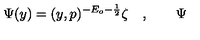
{ \Psi } ( y ) = ( y , p ) ^ { - E _ { o } - \frac 1 2 } \zeta \quad , \qquad { \Psi }